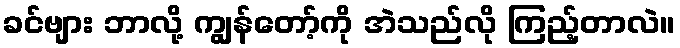
ခင်ဗျား ဘာလို့ ကျွန်တော့်ကို အဲသည်လို ကြည့်တာလဲ။